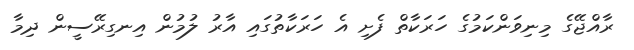
ރާއްޖޭގެ މިނިވަންކަމުގެ ހަރަކާތް ފެށި އެ ހަރަކާތުގައި އާރު ލުމުން އިނގިރޭސީން ދިމާ